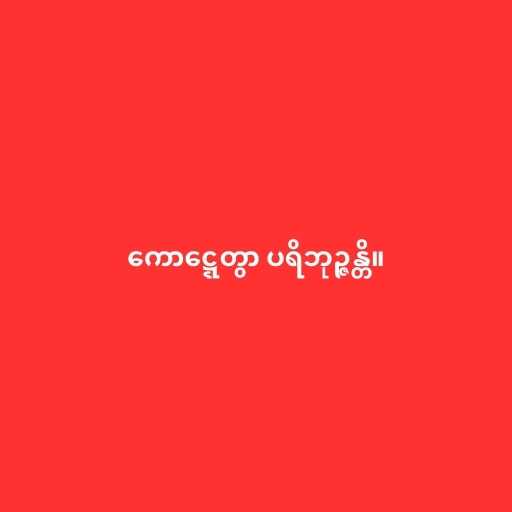
ကောဋ္ဋေတွာ ပရိဘုဉ္ဇန္တိ။